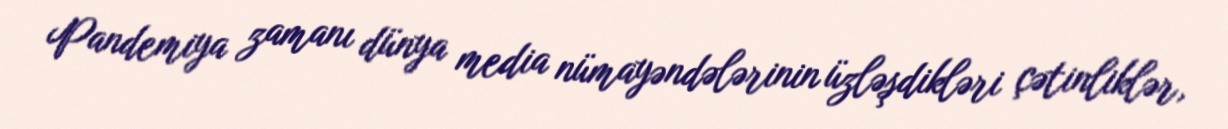
Pandemiya zamanı dünya media nümayəndələrinin üzləşdikləri çətinliklər,